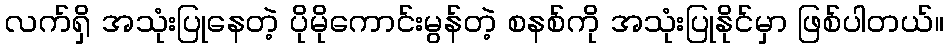
လက်ရှိ အသုံးပြုနေတဲ့ ပိုမိုကောင်းမွန်တဲ့ စနစ်ကို အသုံးပြုနိုင်မှာ ဖြစ်ပါတယ်။